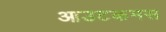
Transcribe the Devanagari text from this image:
आउटकमस